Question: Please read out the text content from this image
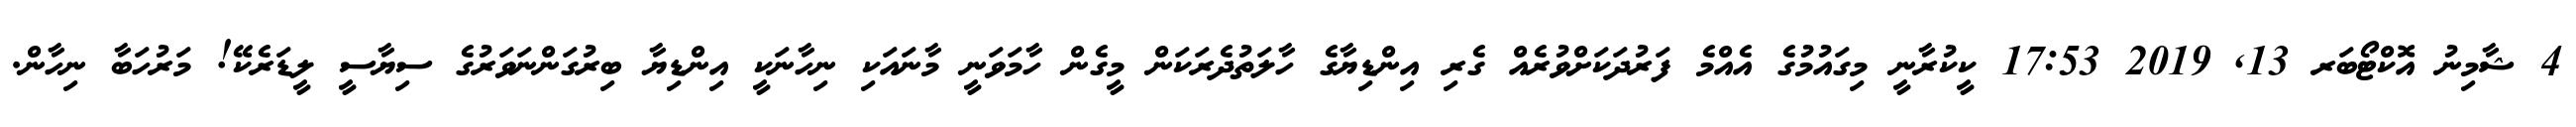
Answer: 4 ޝާމިނު އޮކްޓޯބަރ 13, 2019 17:53 ކީކުރާނީ މިގައުމުގެ އެއްމެ ފަރުދަކަށްވުރެއް ގެރި އިންޑިޔާގެ ހާލަތުދެރަކަން މީގެން ހާމަވަނީ މާނައަކި ނިހާނަކީ އިންޑިޔާ ބިރުގަންނަވަރުގެ ސިޔާސީ ލީޑަރެކޭ! މަރުހަބާ ނިހާން.